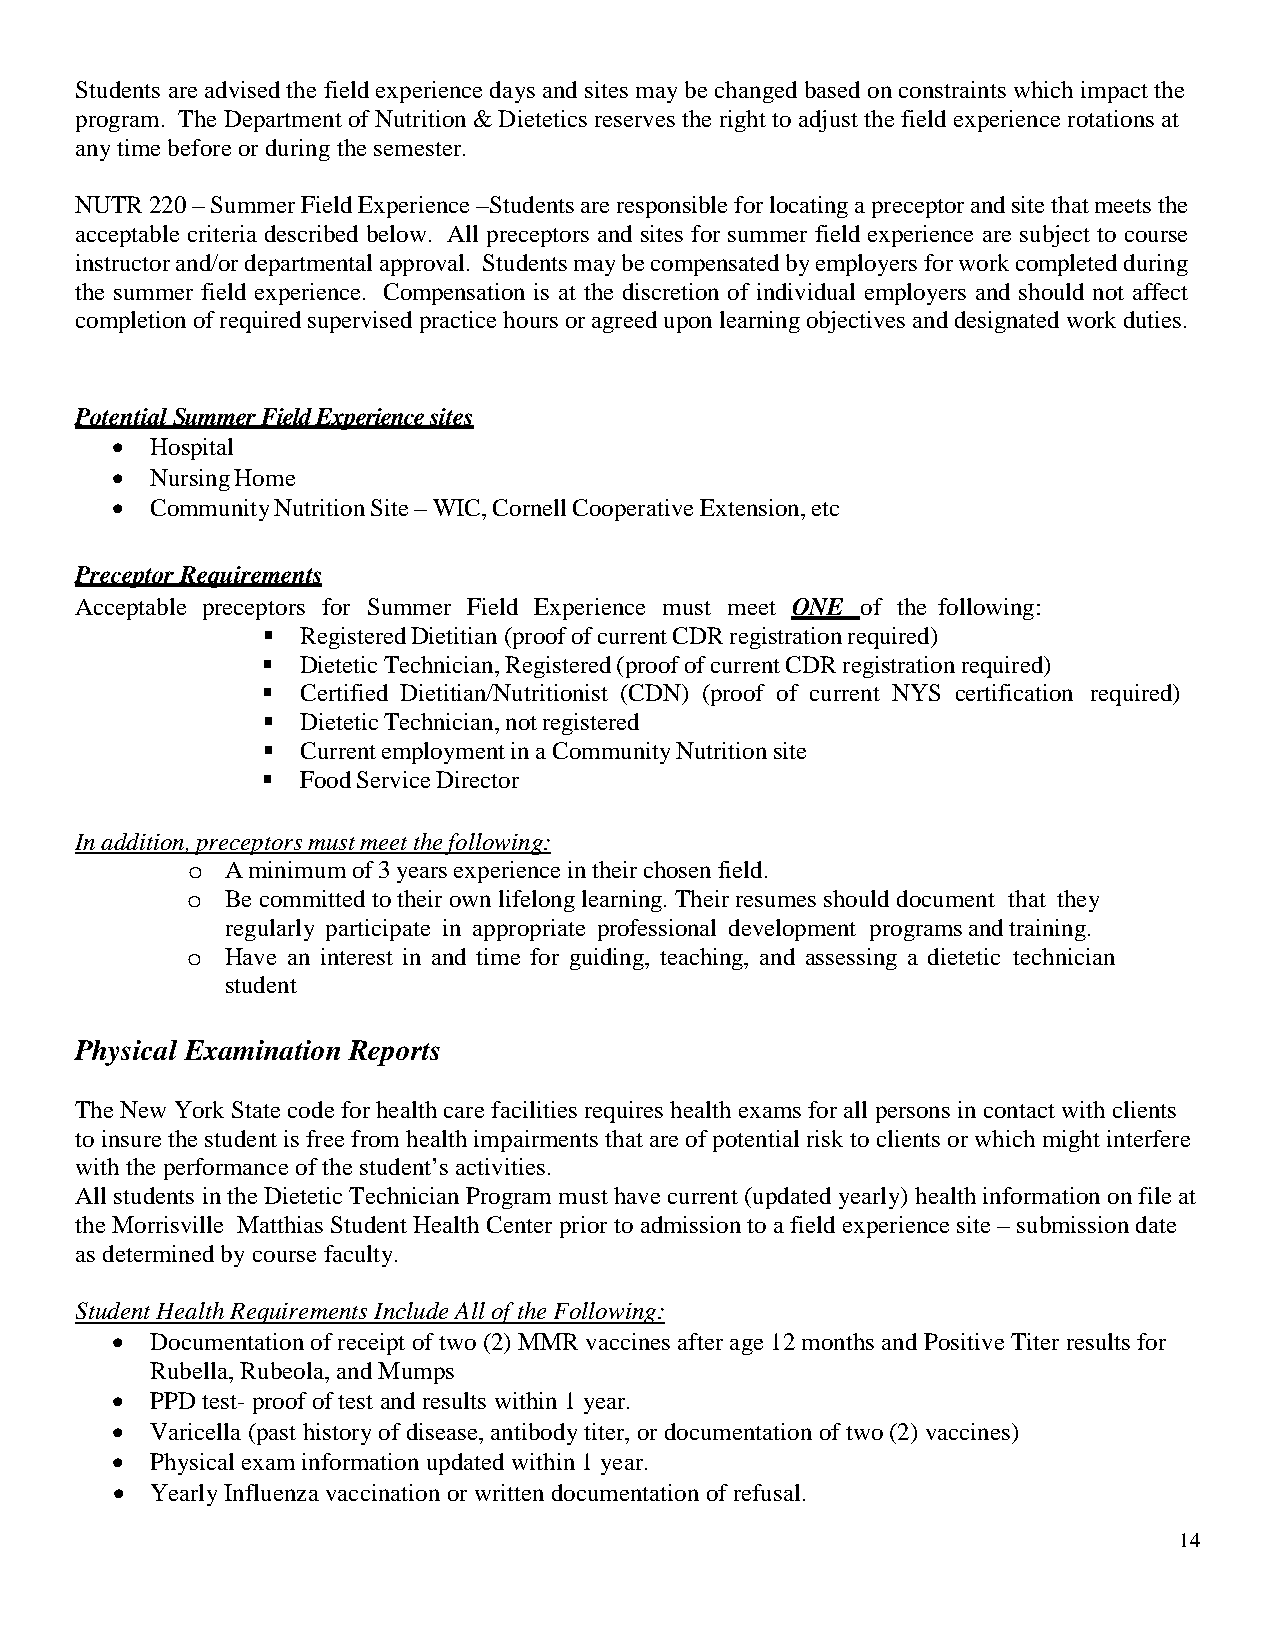
Students are advised the field experience days and sites may be changed based on constraints which impact the
 program. The Department of Nutrition & Dietetics reserves the right to adjust the field experience rotations at
 any time before or during the semester.
 NUTR 220 – Summer Field Experience –Students are responsible for locating a preceptor and site that meets the
 acceptable criteria described below. All preceptors and sites for summer field experience are subject to course
 instructor and/or departmental approval. Students may be compensated by employers for work completed during
 the summer field experience. Compensation is at the discretion of individual employers and should not affect
 completion of required supervised practice hours or agreed upon learning objectives and designated work duties.
 Potential Summer Field Experience sites
 •  Hospital
 •  Nursing Home
 •  Community Nutrition Site – WIC, Cornell Cooperative Extension, etc
 Preceptor Requirements
 Acceptable preceptors for Summer Field Experience must meet ONE of the following:
   Registered Dietitian (proof of current CDR registration required)
   Dietetic Technician, Registered (proof of current CDR registration required)
   Certified Dietitian/Nutritionist (CDN) (proof of current NYS certification required)
   Dietetic Technician, not registered
   Current employment in a Community Nutrition site
   Food Service Director
 In addition, preceptors must meet the following:
 A minimum of 3 years experience in their chosen field.
 o
 Be committed to their own lifelong learning. Their resumes should document that they
 o
 regularly participate in appropriate professional development programs and training.
 Have an interest in and time for guiding, teaching, and assessing a dietetic technician
 o
 student
 Physical Examination Reports
 The New York State code for health care facilities requires health exams for all persons in contact with clients
 to insure the student is free from health impairments that are of potential risk to clients or which might interfere
 with the performance of the student’s activities.
 All students in the Dietetic Technician Program must have current (updated yearly) health information on file at
 the Morrisville Matthias Student Health Center prior to admission to a field experience site – submission date
 as determined by course faculty.
 Student Health Requirements Include All of the Following:
 •  Documentation of receipt of two (2) MMR vaccines after age 12 months and Positive Titer results for
 Rubella, Rubeola, and Mumps
 •  PPD test- proof of test and results within 1 year.
 •  Varicella (past history of disease, antibody titer, or documentation of two (2) vaccines)
 •  Physical exam information updated within 1 year.
 •  Yearly Influenza vaccination or written documentation of refusal.
 14